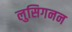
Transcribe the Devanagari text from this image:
लुसिगनन